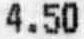
4.50